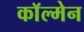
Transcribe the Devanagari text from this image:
काॅल्मेन